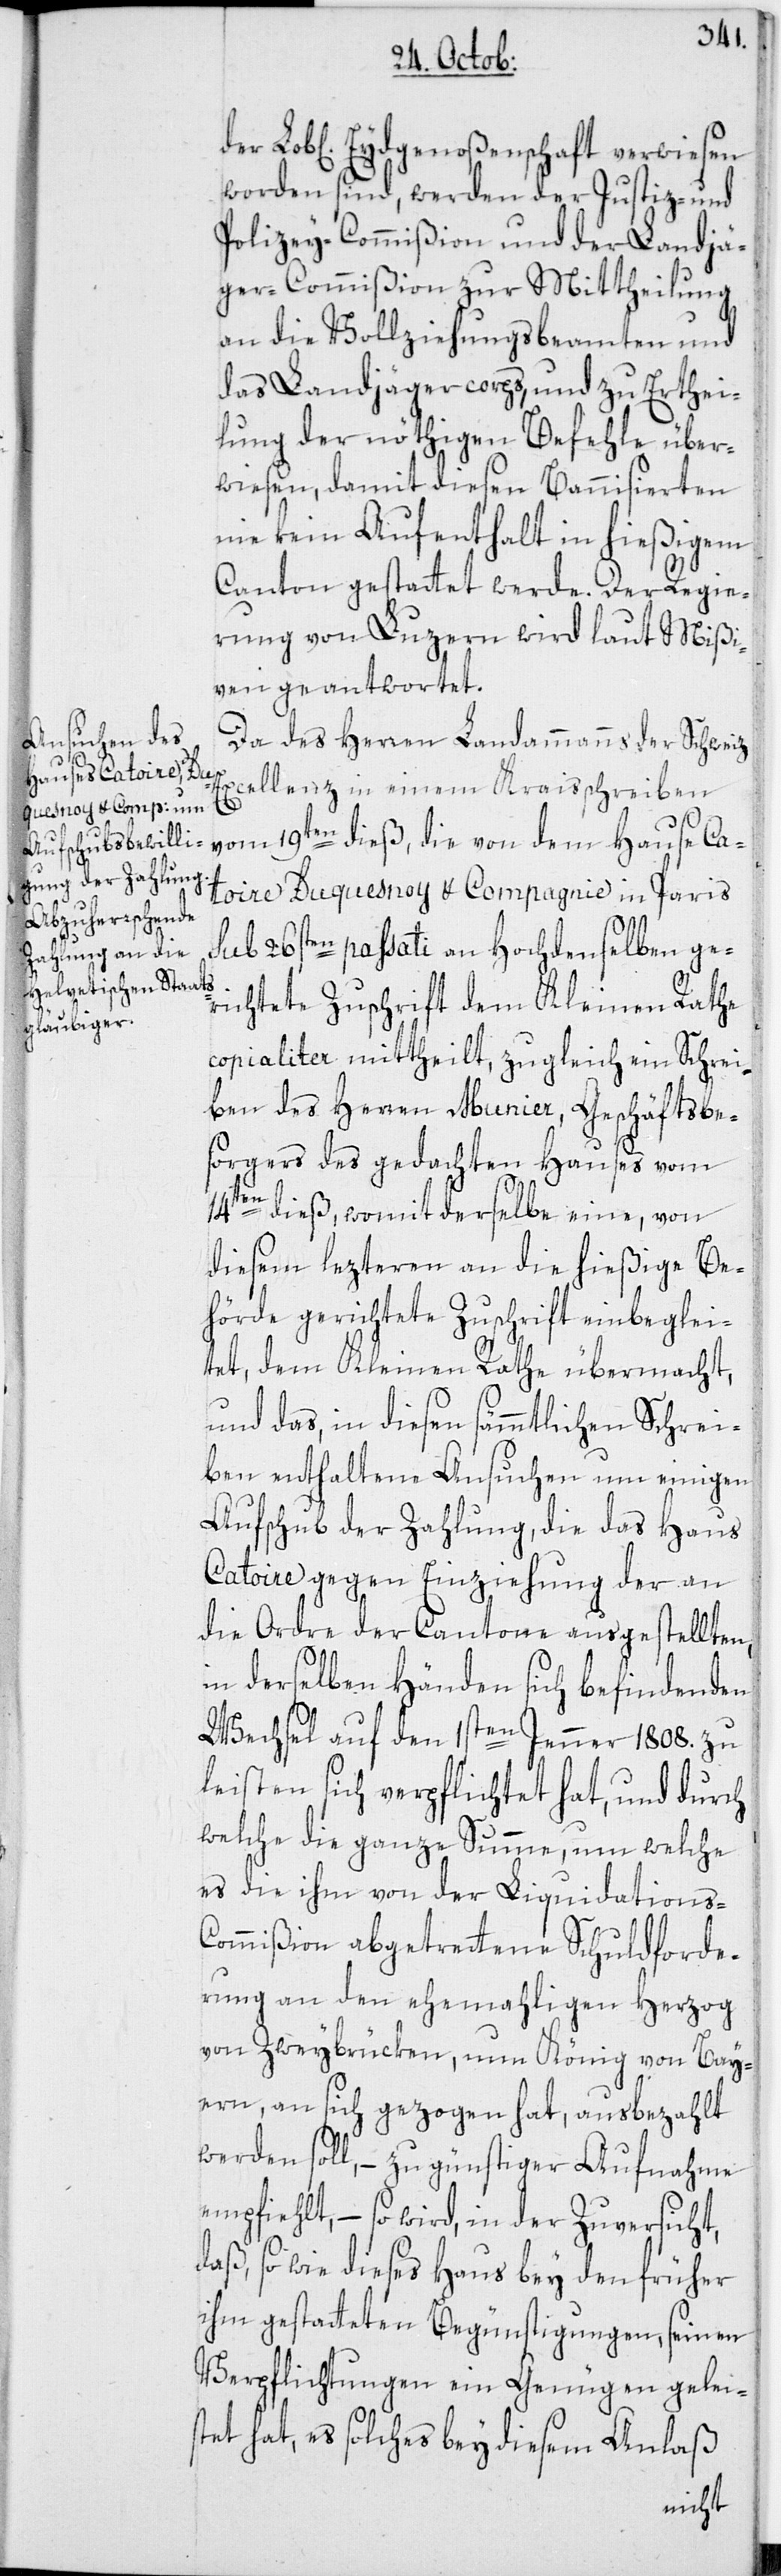
worden sind, werden der Justiz- und
Polizey-Commißion und der Landjä¬
ger-Commißion zur Mittheilung
an die Vollziehungsbeamten und
das Landjägercorps, und zu Erthei¬
lung der nöthigen Befehle über¬
wiesen, damit diesen Bannisierten
nie kein Aufenthalt in hießigem
Canton gestattet werde. Der Regie¬
rung von Luzern wird laut Mißi¬
ven geantwortet.
Das des Herren Landammanns der Schweitz
Excellenz in einem Kraisschreiben
vom 19ten dieß, die von dem Hause Ca¬
toire Duquesnoy & Compagnie in Paris
sub 26sten passati an Hochdenselben ge¬
richtete Zuschrift dem Kleinen Rathe
copialiter mittheilt, zugleich ein Schrei¬
ben des Herren Munier, Geschäftsbe¬
sorgers des gedachten Hauses vom
14ten dieß, womit derselbe eine, von
diesem lezteren an die hießige Be¬
hörde gerichtete Zuschrift einbeglei¬
tet, dem Kleinen Rathe übermacht,
und das, in diesen sämmtlichen Schrei¬
ben enthaltene Ansuchen um einigen
Aufschub der Zahlung, die das Haus
Catoire gegen Einziehung der an
die Ordre der Cantone ausgestellten,
in derselben Händen sich befindenden
Wechsel auf den 1sten Jenner 1808. zu
leisten sich verpflichtet hat, und durch
welche die ganze Summe, um welche
es die ihm von der Liquidations-C¬
ommißion abgetrettene Schuldforde¬
rung an den ehemahligen Herzog
von Zweybrücken, nun König von Bay¬
ern, an sich gezogen hat, ausbezahlt
werden soll, – zu günstiger Aufnahme
empfiehlt, – so wird, in der Zuversicht,
daß, so wie dieses Haus bey den früher
ihm gestatteten Begünstigungen, seinen
Verpflichtungen ein Genügen gelei¬
stet hat, es solches bey diesem Anlaß